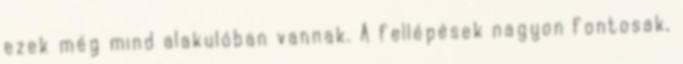
ezek még mind alakulóban vannak. A fellépések nagyon fontosak,